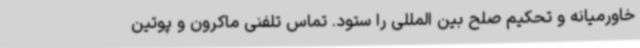
خاورمیانه و تحکیم صلح بین المللی را ستود. تماس تلفنی ماکرون و پوتین